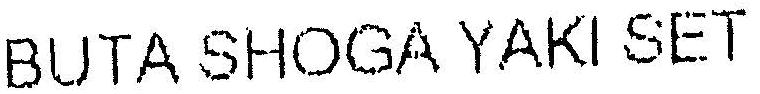
BUTA SHOGA YAKI SET